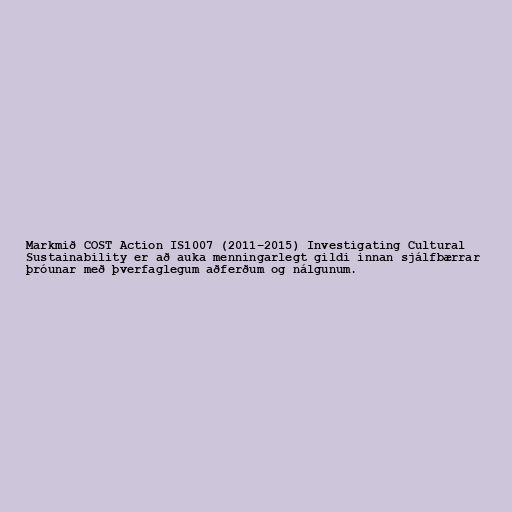
Markmið COST Action IS1007 (2011–2015) Investigating Cultural
Sustainability er að auka menningarlegt gildi innan sjálfbærrar
þróunar með þverfaglegum aðferðum og nálgunum.